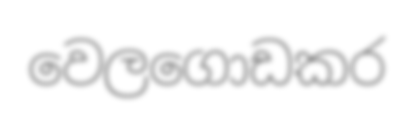
වෙලගොඩකර